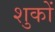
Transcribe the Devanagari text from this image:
शुकों